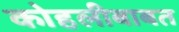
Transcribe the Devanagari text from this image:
कोहलीबाबत